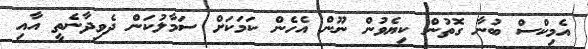
އެމިކްސް ބުނާ ގޮތުން ކިޔެވުން ނޫން އެހެން ކަމަކަށް ސަމާލުކަން ދެވިދާނެތީ އާއި